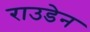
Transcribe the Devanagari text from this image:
राउडेन